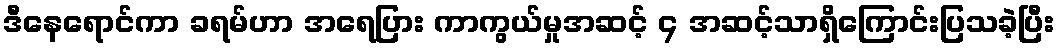
ဒီနေရောင်ကာ ခရမ်ဟာ အရေပြား ကာကွယ်မှုအဆင့် ၄ အဆင့်သာရှိကြောင်းပြသခဲ့ပြီး